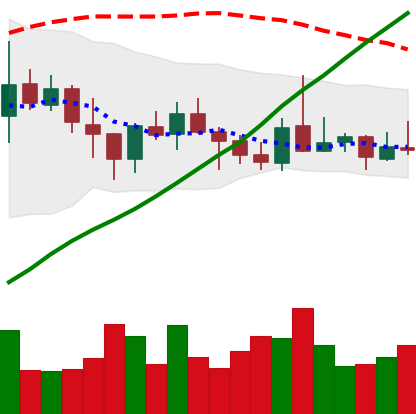
Ticker: ADA-USD
Chart end date: 2021-10-26
Forward return: -8.124%
Label: down_7plus